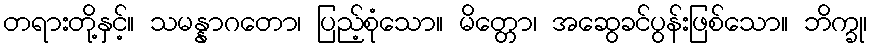
တရားတို့နှင့်။ သမန္နာဂတော၊ ပြည့်စုံသော။ မိတ္တော၊ အဆွေခင်ပွန်းဖြစ်သော။ ဘိက္ခု၊